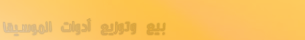
بيع وتوزيع أدوات الموسيقا